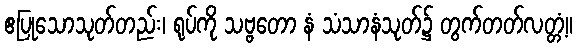
ဧပြုသောသုတ်တည်း၊ ရုပ်ကို သဗ္ဗတော နံ သံသာနံသုတ်၌ တွက်တတ်လတ္တံ့။